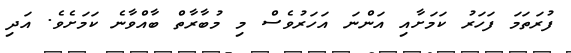
ފުރަތަމަ ފަހަރު ކަމަށާއި އަންނަ އަހަރުވެސް މި މުބާރާތް ބާއްވާނެ ކަމަށެވެ. އަދި